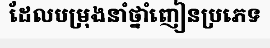
ដែលបម្រុងនាំថ្នាំញៀនប្រភេទ